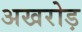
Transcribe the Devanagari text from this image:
अखरोड़